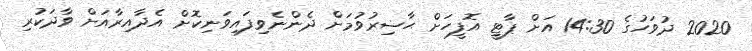
2020 ދުވަހުގެ 14:30 އަށް ޕާޓީ އޮފީހަށް ޙާޟިރުވުމަށް ދެންނެވިފައިވަނިކޮށް އެދާއިރާއަށް ވާދަކުރި